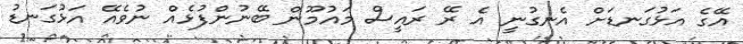
އޭގެ އަޅުގަނޑަށް އެނގުނީ އެ ރޭ ރައީސް މައުމޫން ބޭނުންފުޅެއް ނުވެއޭ އަޅުގަނޑު